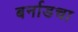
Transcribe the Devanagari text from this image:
बर्नाडचा